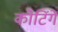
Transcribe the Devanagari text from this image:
कोटिंगें